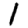
Digit: 1